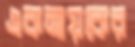
একনায়কের